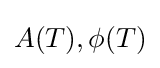
A(T),\phi (T)